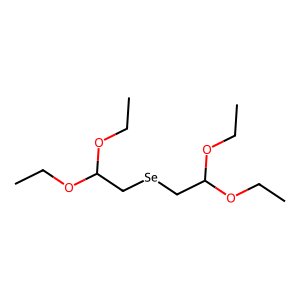
SMILES: CCOC(C[Se]CC(OCC)OCC)OCC
Inhibits HIV replication: Yes